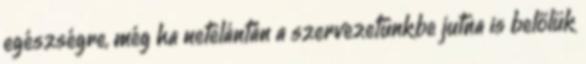
egészségre, még ha netelántán a szervezetünkbe jutna is belőlük